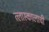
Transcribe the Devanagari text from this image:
त्लास्कालाची